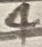
Text: 4